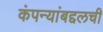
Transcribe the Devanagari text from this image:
कंपन्यांबद्दलची